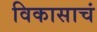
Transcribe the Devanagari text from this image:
विकासाचं